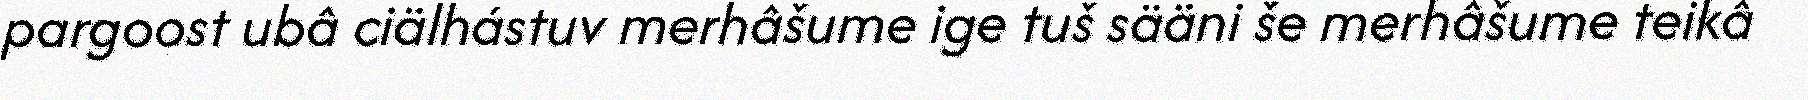
pargoost ubâ ciälhástuv merhâšume ige tuš sääni še merhâšume teikâ